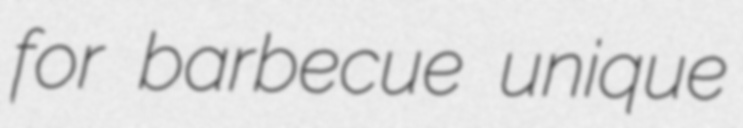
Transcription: for barbecue unique